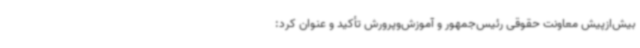
بیش‌ازپیش معاونت حقوقی رئیس‌جمهور و آموزش‌وپرورش تأکید و عنوان کرد: